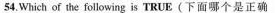
54.Which of the following is TRUE (下面哪个是正确